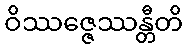
ဝိဿဇ္ဇေဿန္တီတိ